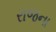
રાજના